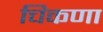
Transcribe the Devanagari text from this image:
चिकणा